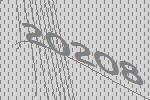
20208